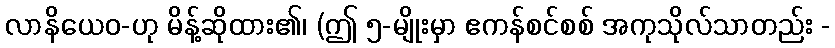
လာနိယေဝ-ဟု မိန့်ဆိုထား၏၊ (ဤ ၅-မျိုးမှာ ဧကန်စင်စစ် အကုသိုလ်သာတည်း -